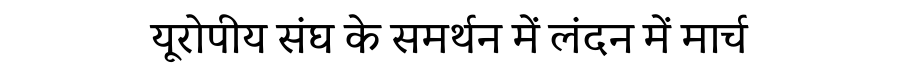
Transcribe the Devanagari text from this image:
यूरोपीय संघ के समर्थन में लंदन में मार्च